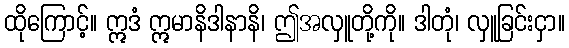
ထိုကြောင့်။ ဣဒံ ဣမာနိဒါနာနိ၊ ဤအလှူတို့ကို။ ဒါတုံ၊ လှူခြင်းငှာ။